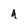
Character: q